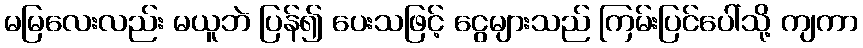
မမြလေးလည်း မယူဘဲ ပြန်၍ ပေးသဖြင့် ငွေများသည် ကြမ်းပြင်ပေါ်သို့ ကျကာ